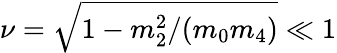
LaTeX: \nu=\sqrt{1-{m_{2}^{2}}/{(m_{0}m_{4})}}\ll 1